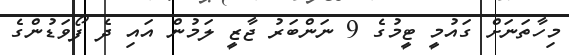
މިހާތަނަށް ގައުމީ ޓީމުގެ 9 ނަންބަރު ޖާޒީ ލަމުން އައި ދެ ފޯވަޑުންގެ